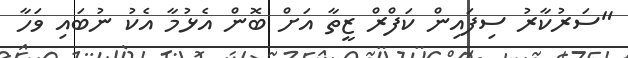
"ސަރުކާރު ސިފައިން ކަފްރް ޒީތާ އަށް ބޮން އެޅުމާ އެކު ނުބައި ވަހާ